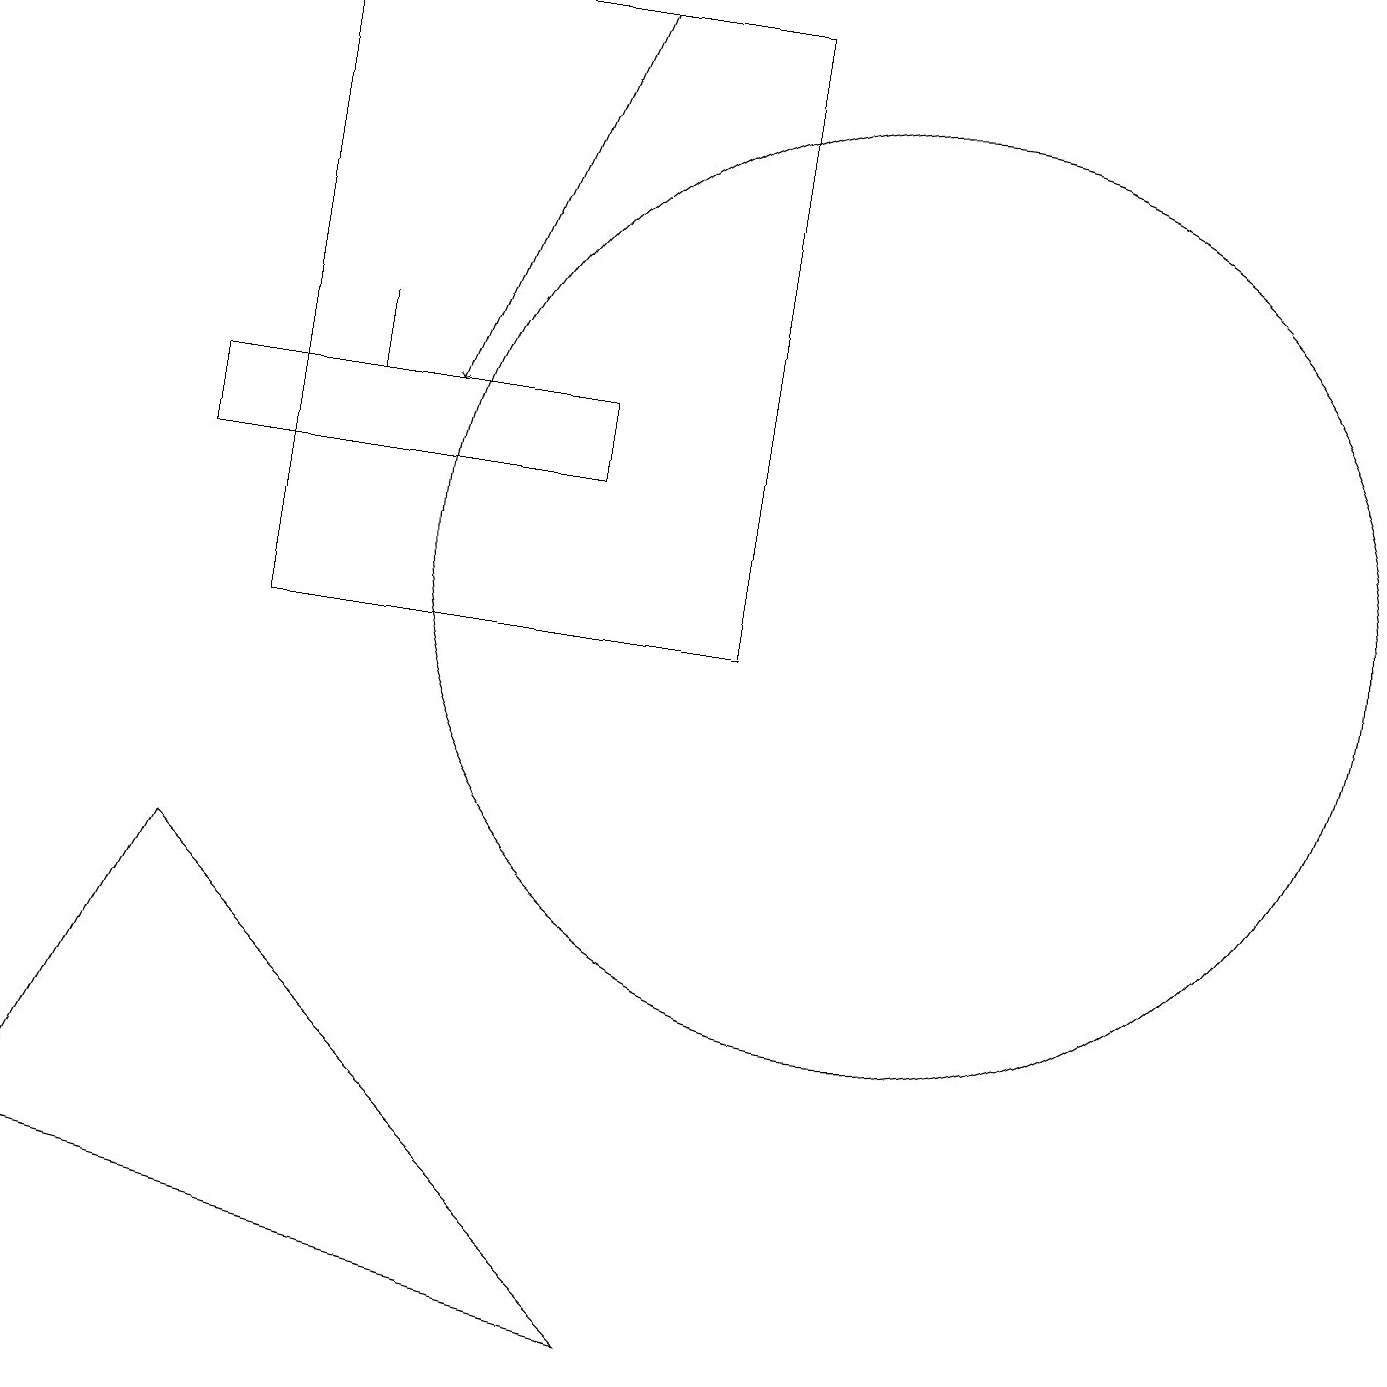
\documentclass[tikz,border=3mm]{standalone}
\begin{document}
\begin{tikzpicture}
\draw (9,10) rectangle (3,18);
\draw[->] (7,18) -- (5,13);
\draw (4,14) rectangle (4,13);
\draw (11,11) circle (6);
\draw (8,1) -- (0,3) -- (2,7) -- cycle;
\draw (2,13) rectangle (7,12);
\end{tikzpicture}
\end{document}